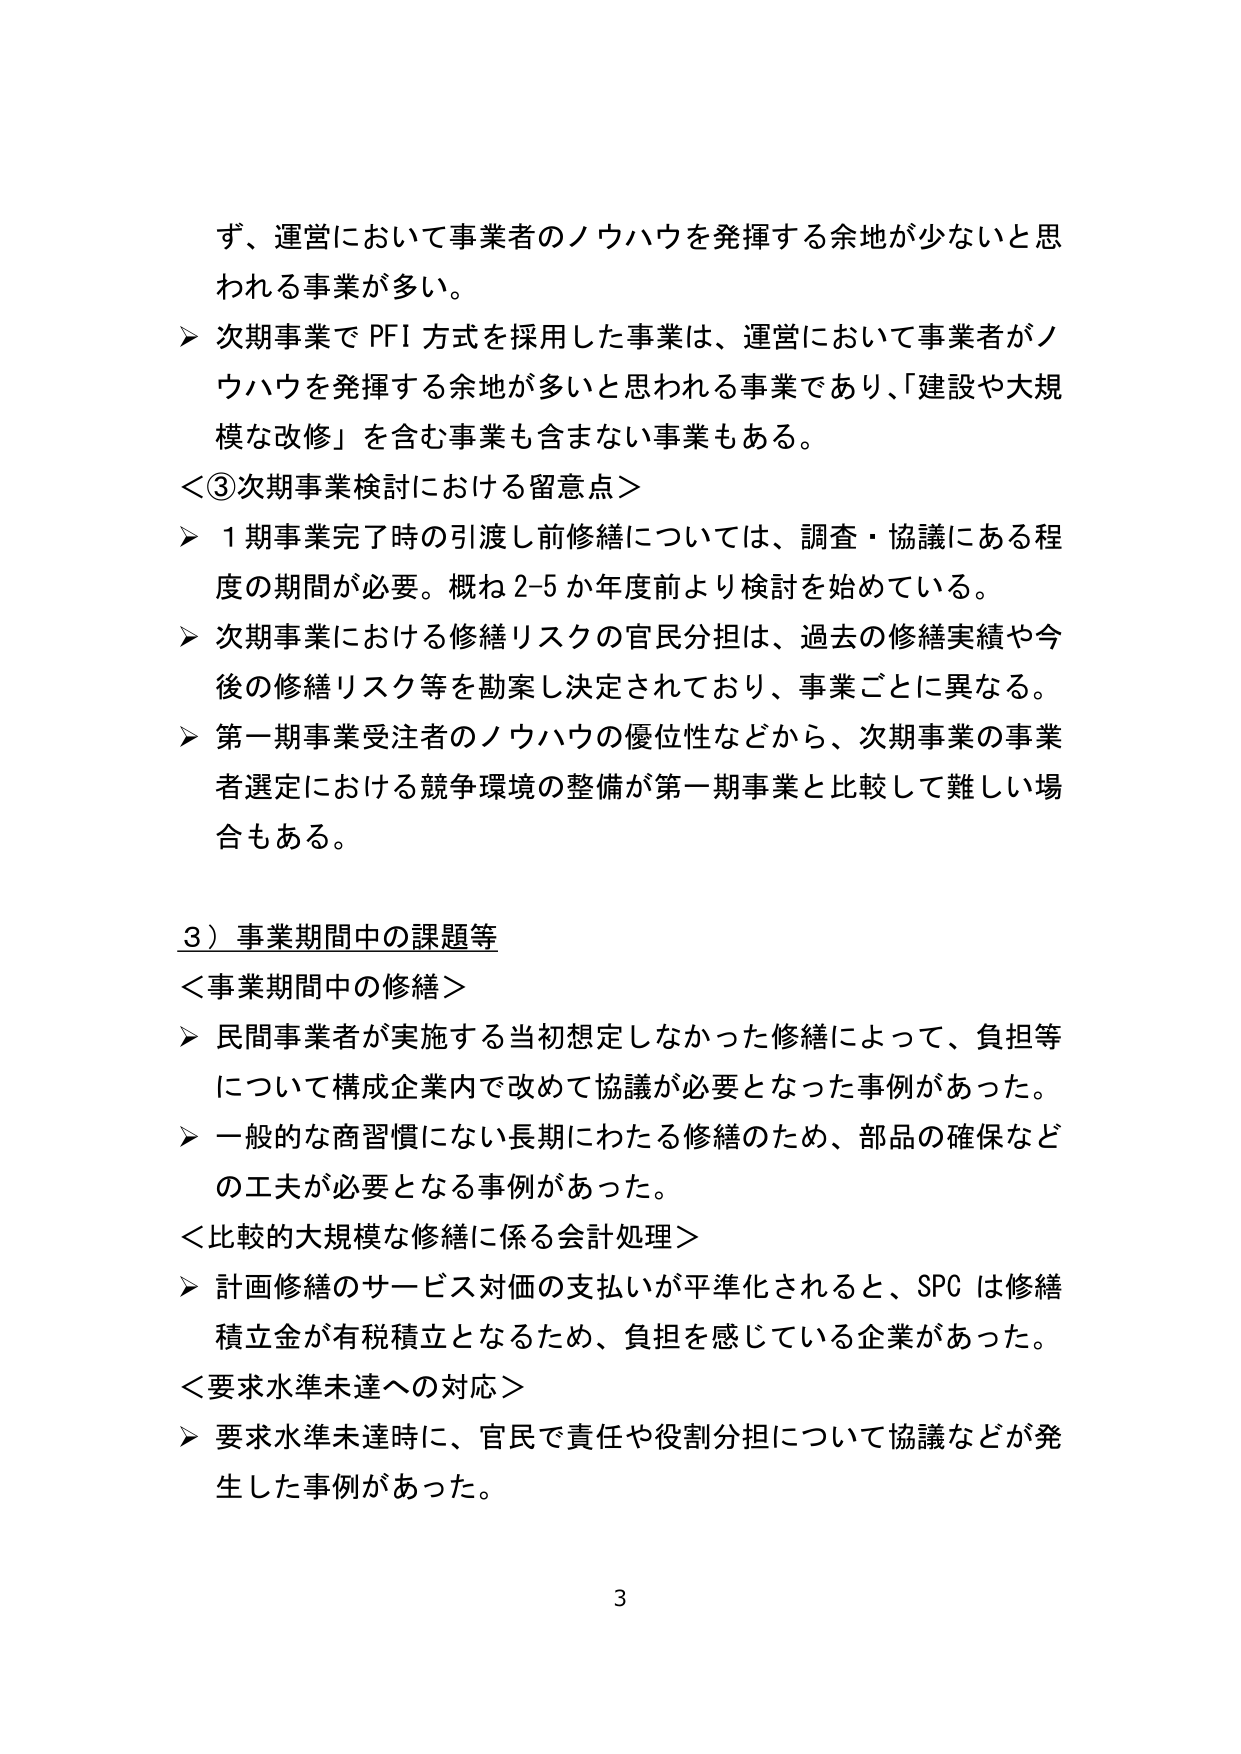
ず、運営において事業者のノウハウを発揮する余地が少ないと思われる事業が多い。

▶ 次期事業で PFI 方式を採用した事業は、運営において事業者がノウハウを発揮する余地が多いと思われる事業であり、「建設や大規模な改修」を含む事業も含まない事業もある。

＜③次期事業検討における留意点＞

▶ 1期事業完了時の引渡し前修繕については、調査・協議にある程度の期間が必要。概ね2-5か年度前より検討を始めている。

▶ 次期事業における修繕リスクの官民分担は、過去の修繕実績や今後の修繕リスク等を勘案し決定されており、事業ごとに異なる。

▶ 第一期事業受注者のノウハウの優位性などから、次期事業の事業者選定における競争環境の整備が第一期事業と比較して難しい場合もある。

3）事業期間中の課題等

＜事業期間中の修繕＞

▶ 民間事業者が実施する当初想定しなかった修繕によって、負担等について構成企業内で改めて協議が必要となった事例があった。

▶ 一般的な商習慣にない長期にわたる修繕のため、部品の確保などの工夫が必要となる事例があった。

＜比較的大規模な修繕に係る会計処理＞

▶ 計画修繕のサービス対価の支払いが平準化されると、SPC は修繕積立金が有税積立となるため、負担を感じている企業があった。

＜要求水準未達への対応＞

▶ 要求水準未達時に、官民で責任や役割分担について協議などが発生した事例があった。

3